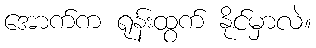
အောက်က ရုန်းထွက် နိုင်မှာလဲ။